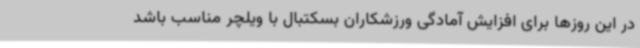
در این روزها برای افزایش آمادگی ورزشکاران بسکتبال با ویلچر مناسب باشد